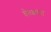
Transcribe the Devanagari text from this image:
चेतकांना